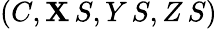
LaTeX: (C,\mathbf{X}\, S,Y\, S,Z\, S)